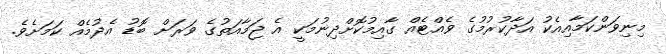
މިނިވަންކަމާއިއެކު އަދާކުރުމުގެ ވެއްޓެއް ގާއިމުކޮށްދިނުމަކީ އެ ޖަމާއަތުގެ ވަރަށް ބޮޑު އެދުމެއް ކަމަށެވެ.